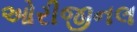
ઓરીજીનલ